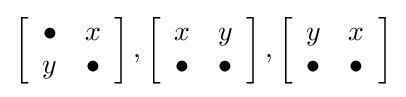
\left[{\begin{array}{*{20}{c}}\bullet &x\\y&\bullet \end{array}}\right],\left[{\begin{array}{*{20}{c}}x&y\\\bullet &\bullet \end{array}}\right],\left[{\begin{array}{*{20}{c}}y&x\\\bullet &\bullet \end{array}}\right]